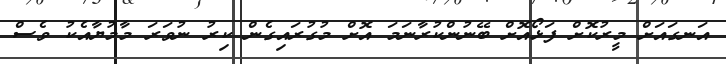
އަނގައަށް މީރުކޮށް ފަޅޯއޮށް ބޭނުންކުރާނަމަ އޮށް މުގުރައިގެން ކިރު ނުވަރަ މާމުޔާއެކު ވެސް